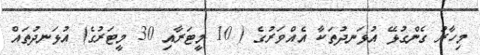
މިހާރު ގެންގުޅޭ އުޅަނދުތަކާ އެއްވަރުގެ ( 10 މީޓަރާއި 30 މީޓަރުގެ) އުޅަނދުތައް